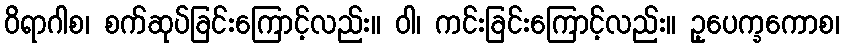
ဝိရာဂါစ၊ စက်ဆုပ်ခြင်းကြောင့်လည်း။ ဝါ၊ ကင်းခြင်းကြောင့်လည်း။ ဥ့ပေက္ခကောစ၊